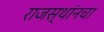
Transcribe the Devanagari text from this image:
राजस्थांनचा